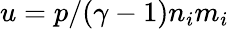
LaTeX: u=p/(\gamma-1)n_{i}m_{i}